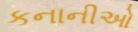
કનાનીઓ